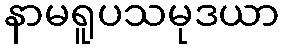
နာမရူပသမုဒယာ